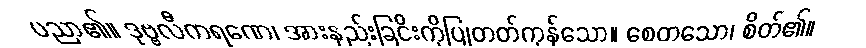
ပညာ၏။ ဒုဗ္ဗလီကရဏေ၊ အားနည်းခြငိးကိုပြုတတ်ကုန်သော။ စေတသော၊ စိတ်၏။